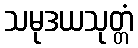
သမုဒယသုတ္တံ